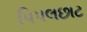
પિપલછાટ